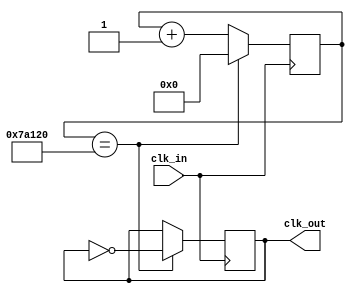
module Slow_Clock(
	input clk_in, // input clock which is 100 MHz from the De1-SOC board
	output clk_out
	);
	reg [20:0] count=0;
	reg clk_out;
	
	always @(posedge clk_in)
	begin
	count<=count+1;
	if (count==500_000)
		begin
		count <= 0;
		clk_out = ~clk_out; // invert clock signal
		end
	end
	
endmodule